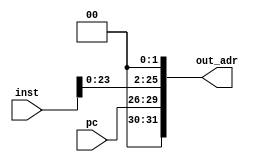
module jump_concat(inst,pc,out_adr);
    input [25:0] inst;
    input [3:0] pc;

    output [31:0] out_adr;

    assign out_adr = {pc,inst <<2};



endmodule